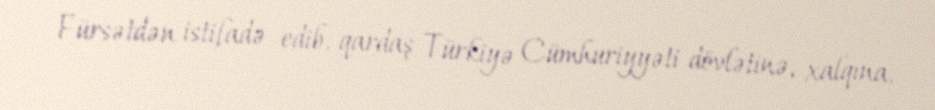
Fürsətdən istifadə edib, qardaş Türkiyə Cümhuriyyəti dövlətinə, xalqına,